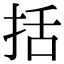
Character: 括